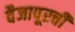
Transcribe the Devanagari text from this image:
वैजापूरची